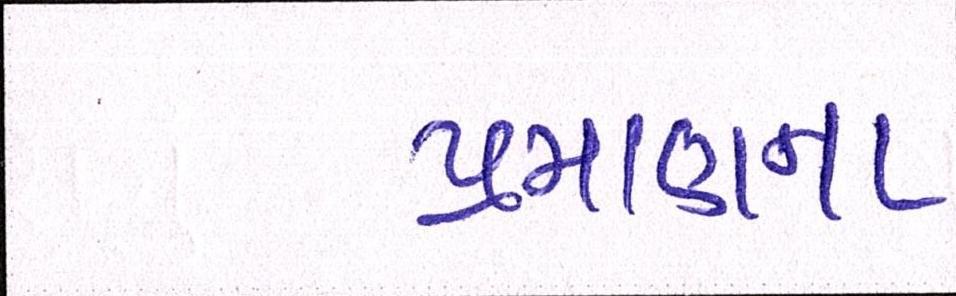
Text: પ્રમાણના